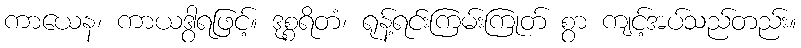
ကာယေန၊ ကာယဒွါရဖြင့်။ ဒုစ္စရိတံ၊ ရုန့်ရင်းကြမ်းကြုတ် စွာ ကျင့်အပ်သည်တည်း။